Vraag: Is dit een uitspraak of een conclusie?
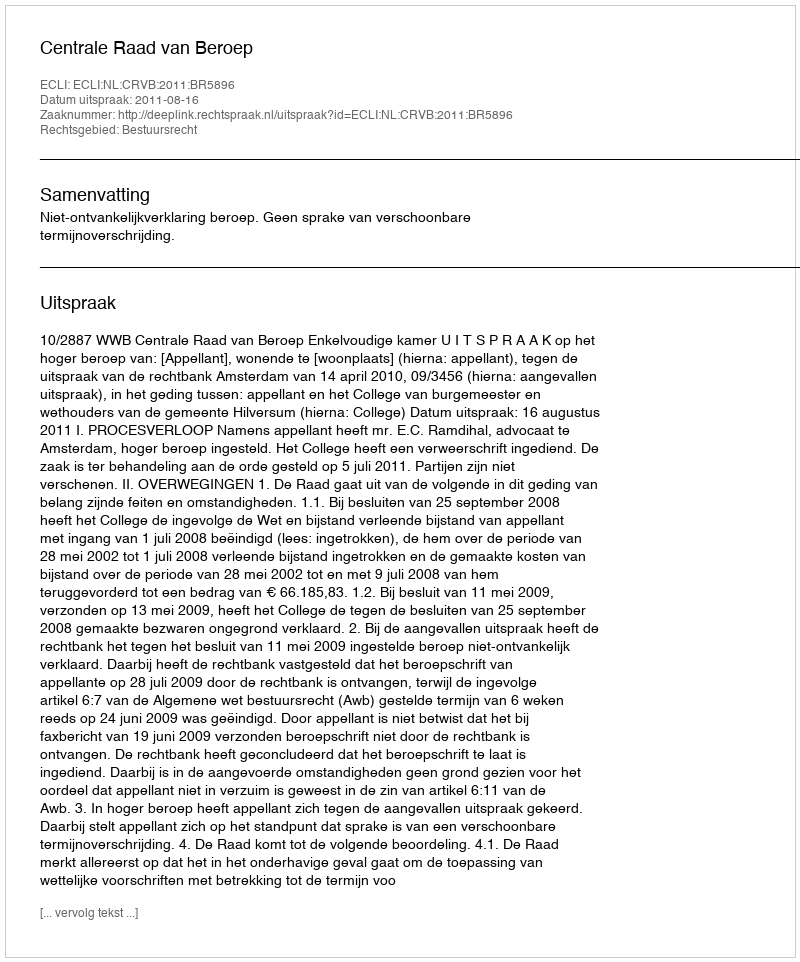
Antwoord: Uitspraak